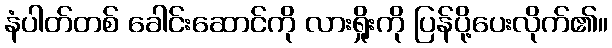
နံပါတ်တစ် ခေါင်းဆောင်ကို လားရှိုးကို ပြန်ပို့ပေးလိုက်၏။